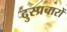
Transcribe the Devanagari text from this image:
दुस्प्रचारों